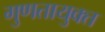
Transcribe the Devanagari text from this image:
गुणतायुक्त